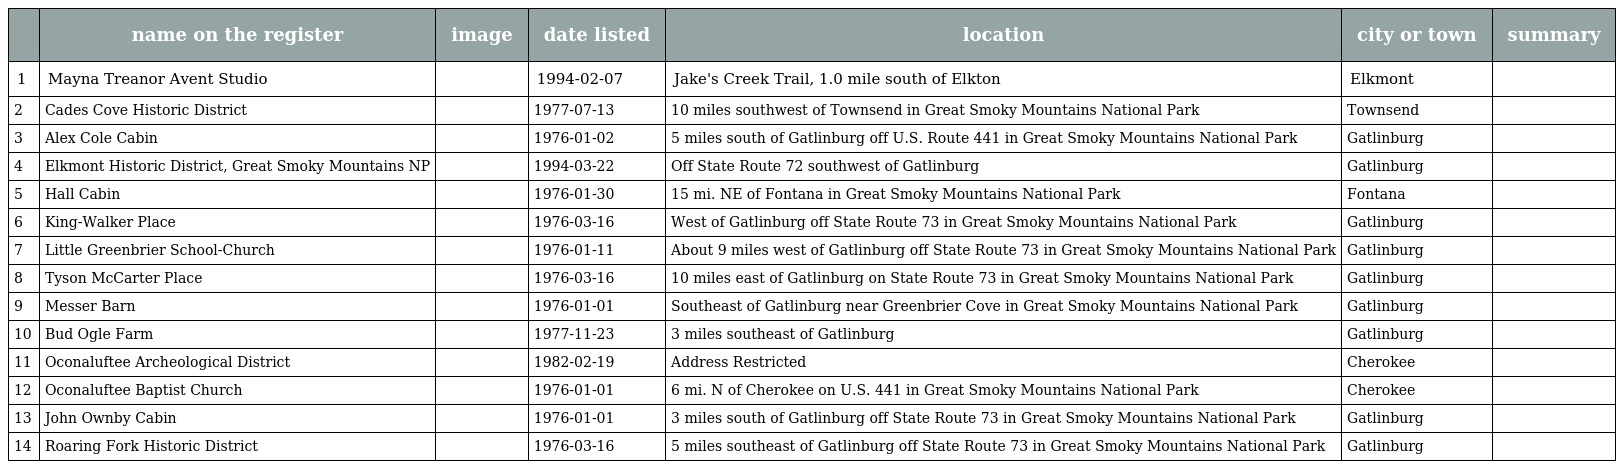
|  | name on the register | image | date listed | location | city or town | summary |
 | --- | --- | --- | --- | --- | --- | --- |
 | 1 | Mayna Treanor Avent Studio |  | 1994-02-07 | Jake's Creek Trail, 1.0 mile south of Elkton | Elkmont |  |
 | 2 | Cades Cove Historic District |  | 1977-07-13 | 10 miles southwest of Townsend in Great Smoky Mountains National Park | Townsend |  |
 | 3 | Alex Cole Cabin |  | 1976-01-02 | 5 miles south of Gatlinburg off U.S. Route 441 in Great Smoky Mountains National Park | Gatlinburg |  |
 | 4 | Elkmont Historic District, Great Smoky Mountains NP |  | 1994-03-22 | Off State Route 72 southwest of Gatlinburg | Gatlinburg |  |
 | 5 | Hall Cabin |  | 1976-01-30 | 15 mi. NE of Fontana in Great Smoky Mountains National Park | Fontana |  |
 | 6 | King-Walker Place |  | 1976-03-16 | West of Gatlinburg off State Route 73 in Great Smoky Mountains National Park | Gatlinburg |  |
 | 7 | Little Greenbrier School-Church |  | 1976-01-11 | About 9 miles west of Gatlinburg off State Route 73 in Great Smoky Mountains National Park | Gatlinburg |  |
 | 8 | Tyson McCarter Place |  | 1976-03-16 | 10 miles east of Gatlinburg on State Route 73 in Great Smoky Mountains National Park | Gatlinburg |  |
 | 9 | Messer Barn |  | 1976-01-01 | Southeast of Gatlinburg near Greenbrier Cove in Great Smoky Mountains National Park | Gatlinburg |  |
 | 10 | Bud Ogle Farm |  | 1977-11-23 | 3 miles southeast of Gatlinburg | Gatlinburg |  |
 | 11 | Oconaluftee Archeological District |  | 1982-02-19 | Address Restricted | Cherokee |  |
 | 12 | Oconaluftee Baptist Church |  | 1976-01-01 | 6 mi. N of Cherokee on U.S. 441 in Great Smoky Mountains National Park | Cherokee |  |
 | 13 | John Ownby Cabin |  | 1976-01-01 | 3 miles south of Gatlinburg off State Route 73 in Great Smoky Mountains National Park | Gatlinburg |  |
 | 14 | Roaring Fork Historic District |  | 1976-03-16 | 5 miles southeast of Gatlinburg off State Route 73 in Great Smoky Mountains National Park | Gatlinburg |  |